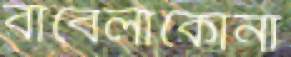
বাবেলাকোনা